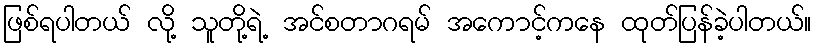
ဖြစ်ရပါတယ် လို့ သူတို့ရဲ့ အင်စတာဂရမ် အကောင့်ကနေ ထုတ်ပြန်ခဲ့ပါတယ်။